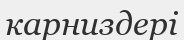
карниздері